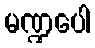
မဏ္ဍပေါ